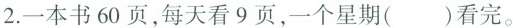
2.一本书60页，每天看9页，一个星期( )看完。